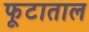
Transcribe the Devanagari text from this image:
फूटाताल